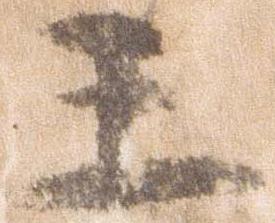
王